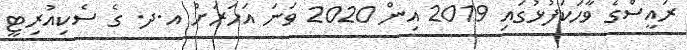
ރައީސްގެ ވާހަކަފުޅުގައި 2019 އިން 2020 ވަނަ އަހަރަށް އ.ދ. ގެ ސެކިއުރިޓީ